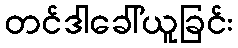
တင်ဒါခေါ်ယူခြင်း